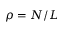
\rho = N / L